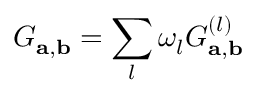
G _ { \mathbf { a , b } } = \sum _ { l } \omega _ { l } G _ { \mathbf { a , b } } ^ { ( l ) }